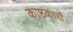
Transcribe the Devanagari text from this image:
काष्ठकारों